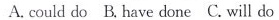
A. could do B.Have done C.Will do